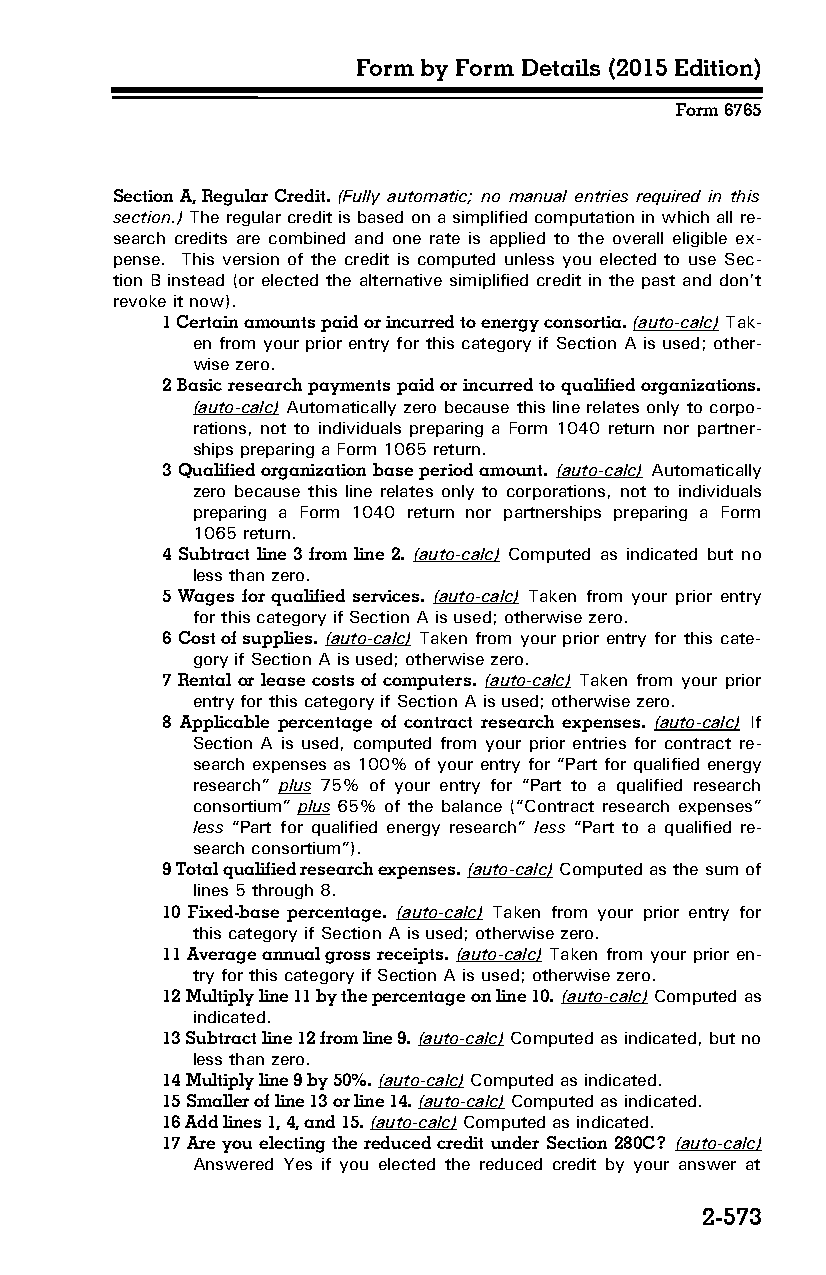
Form by Form Details (2015 Edition)
 Form 6765
 Section A, Regular Credit. (Fully automatic; no manual entries required in this
 section.) The regular credit is based on a simplified computation in which all re­
 search credits are combined and one rate is applied to the overall eligible ex­
 pense. This version of the credit is computed unless you elected to use Sec­
 tion B instead (or elected the alternative simiplified credit in the past and don’t
 revoke it now).
 1 Certain amounts paid or incurred to energy consortia. (auto-calc) Tak­
 en from your prior entry for this category if Section A is used; other­
 wise zero.
 2 Basic research payments paid or incurred to qualified organizations.
 (auto-calc) Automatically zero because this line relates only to corpo­
 rations, not to individuals preparing a Form 1040 return nor partner­
 ships preparing a Form 1065 return.
 3 Qualified organization base period amount. (auto-calc) Automatically
 zero because this line relates only to corporations, not to individuals
 preparing a Form 1040 return nor partnerships preparing a Form
 1065 return.
 4 Subtract line 3 from line 2. (auto-calc) Computed as indicated but no
 less than zero.
 5 Wages for qualified services. (auto-calc) Taken from your prior entry
 for this category if Section A is used; otherwise zero.
 6 Cost of supplies. (auto-calc) Taken from your prior entry for this cate­
 gory if Section A is used; otherwise zero.
 7 Rental or lease costs of computers. (auto-calc) Taken from your prior
 entry for this category if Section A is used; otherwise zero.
 8 Applicable percentage of contract research expenses. (auto-calc) If
 Section A is used, computed from your prior entries for contract re­
 search expenses as 100% of your entry for “Part for qualified energy
 research” plus 75% of your entry for “Part to a qualified research
 consortium” plus 65% of the balance (“Contract research expenses”
 less “Part for qualified energy research” less “Part to a qualified re­
 search consortium”).
 9 Total qualified research expenses. (auto-calc) Computed as the sum of
 lines 5 through 8.
 10 Fixed-base percentage. (auto-calc) Taken from your prior entry for
 this category if Section A is used; otherwise zero.
 11 Average annual gross receipts. (auto-calc) Taken from your prior en­
 try for this category if Section A is used; otherwise zero.
 12 Multiply line 11 by the percentage on line 10. (auto-calc) Computed as
 indicated.
 13 Subtract line 12 from line 9. (auto-calc) Computed as indicated, but no
 less than zero.
 14 Multiply line 9 by 50%. (auto-calc) Computed as indicated.
 15 Smaller of line 13 or line 14. (auto-calc) Computed as indicated.
 16 Add lines 1, 4, and 15. (auto-calc) Computed as indicated.
 17 Are you electing the reduced credit under Section 280C? (auto-calc)
 Answered Yes if you elected the reduced credit by your answer at
 2-573